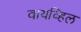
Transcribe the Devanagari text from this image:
वायव्हिल